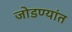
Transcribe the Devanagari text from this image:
जोडण्यांत